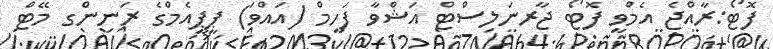
ފޮޓޯ:ރާއްޖެ އެމްވީ ފޮޓޯ ޖާރނަލިސްޓް އަޝްވާ ފަހީމް (އައްވަ) ޕީޕީއެމްގެ ރަނިންގ މޭޓް